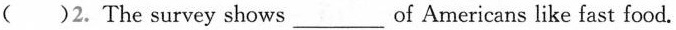
( )2. The survey shows ___ of Americans like fast food.